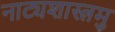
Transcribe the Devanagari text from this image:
नाट्यशास्त्रमु